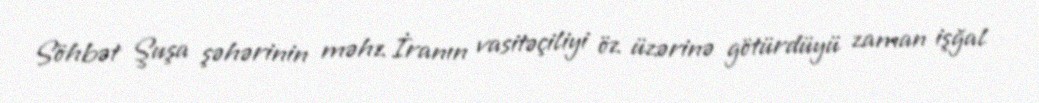
Söhbət Şuşa şəhərinin məhz İranın vasitəçiliyi öz üzərinə götürdüyü zaman işğal